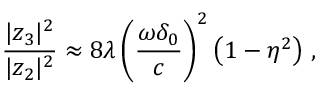
\frac { | z _ { 3 } | ^ { 2 } } { | z _ { 2 } | ^ { 2 } } \approx 8 \lambda \left( \frac { \omega \delta _ { 0 } } { c } \right) ^ { 2 } \left( 1 - \eta ^ { 2 } \right) \, ,